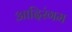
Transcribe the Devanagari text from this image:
आदिरंगम